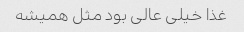
غذا خیلی عالی بود مثل همیشه